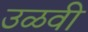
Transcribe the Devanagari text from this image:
उळवी